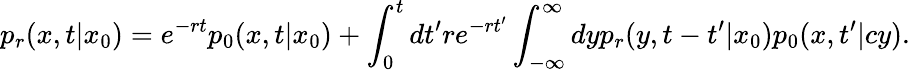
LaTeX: p_{r}(x,t|x_{0})=e^{-rt}p_{0}(x,t|x_{0})+\int_{0}^{t}dt^{\prime}re^{-rt^{\prime}}\int_{-\infty}^{\infty}dyp_{r}(y,t-t^{\prime}|x_{0})p_{0}(x,t^{\prime}|cy).